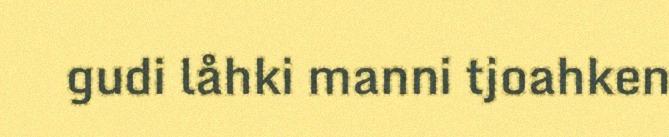
gudi låhki manni tjoahken